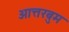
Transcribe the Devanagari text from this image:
आत्तरबुम